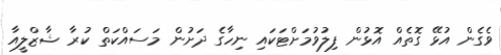
ވެގެން އުޅޭ ގޮތެއް އޮޅުން ފިލުވުމަށްޓަކައި ނިހާގެ ދަށުން މަސައްކަތް ކުރާ ޝާޒްލީއާ